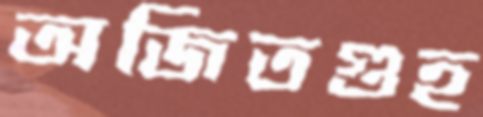
অজিতগুহ